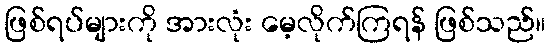
ဖြစ်ရပ်များကို အားလုံး မေ့လိုက်ကြရန် ဖြစ်သည်။